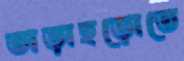
তাড়াহুড়োতে